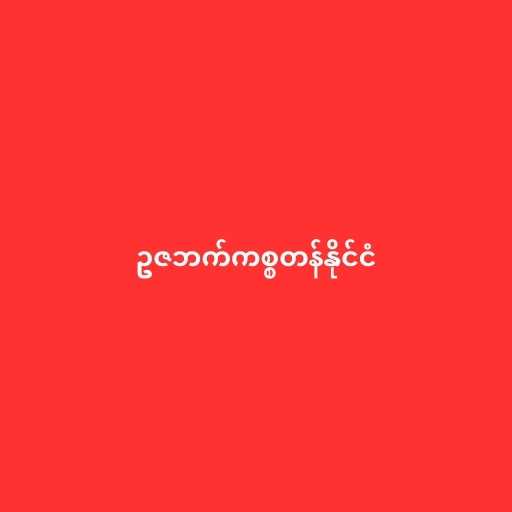
ဥဇဘက်ကစ္စတန်နိုင်ငံ